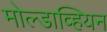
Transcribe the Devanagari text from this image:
मोल्डाव्हियन